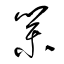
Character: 業